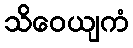
သိဝေယျကံ